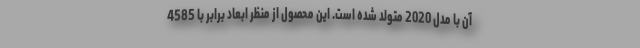
آن با مدل 2020 متولد شده است. این محصول از منظر ابعاد برابر با 4585